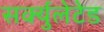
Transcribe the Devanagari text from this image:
सर्क्युलेटेड